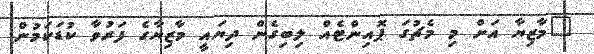
"މާޒިޔާ އަށް މި މެޗުގަ ޕޮއިންޓެއް ލިބިގެން ދިޔައީ މާޒިޔާގެ ފަރުވާ ކުޑަކަމުން.